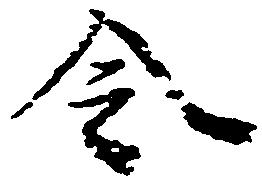
令